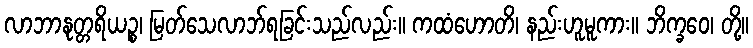
လာဘာနုတ္တရိယဉ္စ၊ မြတ်သေလာဘ်ရခြင်းသည်လည်း။ ကထံဟောတိ၊ နည်းဟူမူကား။ ဘိက္ခဝေ၊ တို့။